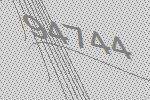
94744